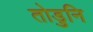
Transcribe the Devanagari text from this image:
तोडुनि